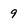
Character: 9